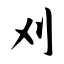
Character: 刈